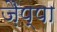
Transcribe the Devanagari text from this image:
ज़ैप्पा